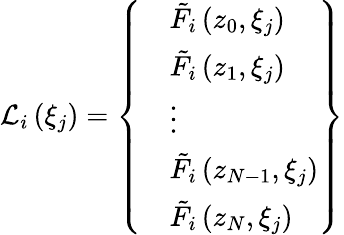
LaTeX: {{\mathcal{L}_{i}}\left({{\xi}_{j}}\right)=\left\{ \begin{array}{l}{\begin{array}{rl}&{{{{\tilde{F}}}_{i}}\left({{z}_{0}},{{\xi}_{j}}\right)}\\ &{{{{\tilde{F}}}_{i}}\left({{z}_{1}},{{\xi}_{j}}\right)}\\ &{\vdots}\\ &{{{{\tilde{F}}}_{i}}\left({{z}_{N-1}},{{\xi}_{j}}\right)}\\ &{{{{\tilde{F}}}_{i}}\left({{z}_{N}},{{\xi}_{j}}\right)}\end{array}}\end{array}\right\} }